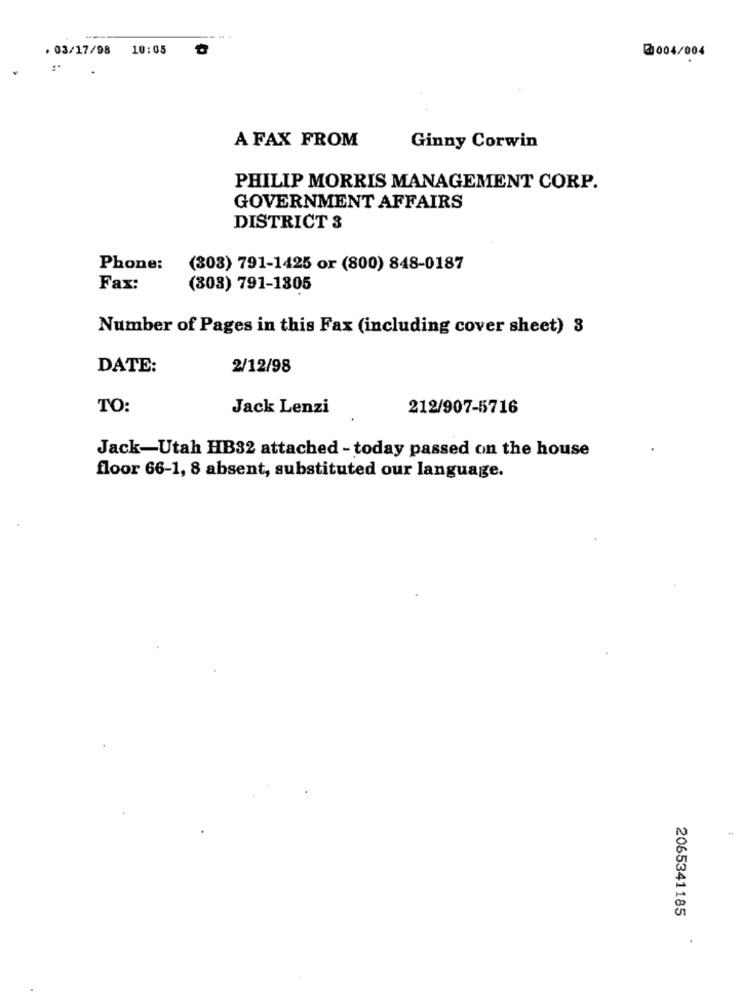
. 03/17/98
10:05
004/004
A FAX FROM
Ginny Corwin
PHILIP MORRIS MANAGEMENT CORP.
GOVERNMENT AFFAIRS
DISTRICT 3
Phone:
(303) 791-1425 or (800) 848-0187
Fax:
(303) 791-1305
Number of Pages in this Fax (including cover sheet) 3
DATE:
2/12/98
TO:
Jack Lenzi
212/907-5716
Jack-Utah HB32 attached - today passed on the house
floor 66-1, 8 absent, substituted our language.
2065341185